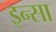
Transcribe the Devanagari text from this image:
इन्सा